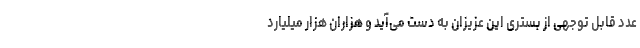
عدد قابل توجهی از بستری این عزیزان به دست می‌آید و هزاران هزار میلیارد